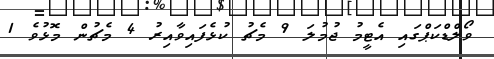
ވޯލްޑްކަޕްގައި އެޓީމު ޖުމުލަ 9 މެޗު ކުޅެފައިވާއިރު 4 މެޗުން މޮޅުވެ 1